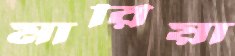
মারিয়া